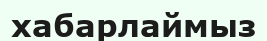
хабарлаймыз